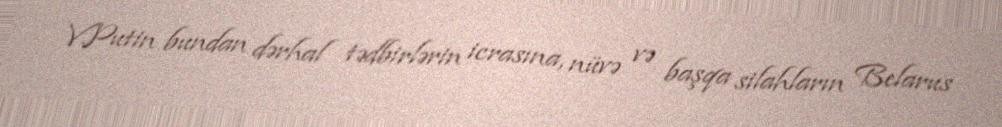
V.Putin bundan dərhal tədbirlərin icrasına, nüvə və başqa silahların Belarus